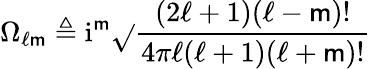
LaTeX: \Omega_{\ell\mathsf{m}}\triangleq\mathrm{{i}}^{\mathsf{m}}\sqrt{}{{\frac{{(2\ell+1)(\ell-\mathsf{m})!}}{{4\pi\ell(\ell+1)(\ell+\mathsf{m})!}}}}